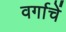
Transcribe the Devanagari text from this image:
वर्गाचें